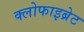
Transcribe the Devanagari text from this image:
क्लोफाइब्रेट